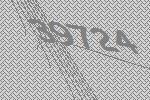
39724